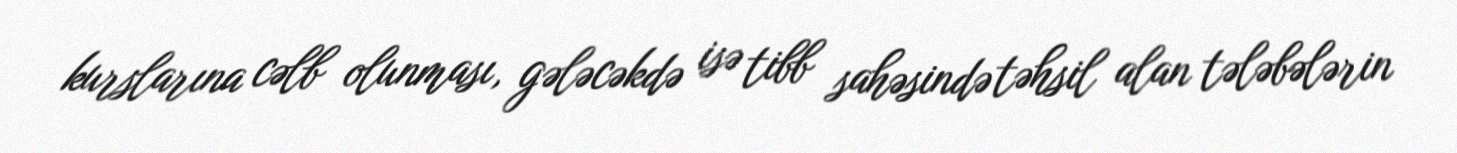
kurslarına cəlb olunması, gələcəkdə isə tibb sahəsində təhsil alan tələbələrin